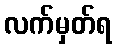
လက်မှတ်ရ